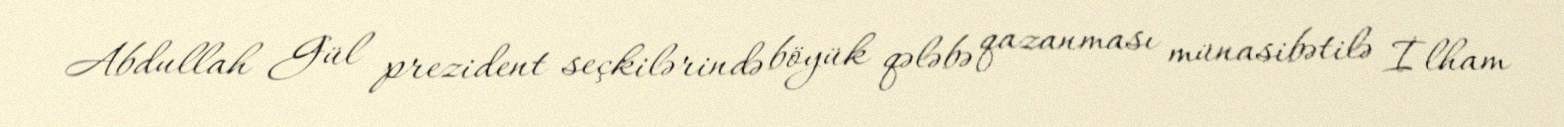
Abdullah Gül prezident seçkilərində böyük qələbə qazanması münasibətilə İlham